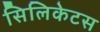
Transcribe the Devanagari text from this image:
सिलिकेटस